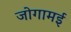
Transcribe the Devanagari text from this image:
जोगामई